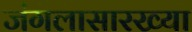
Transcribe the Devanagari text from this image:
जंगलासारख्या